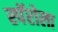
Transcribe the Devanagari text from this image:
स्पॅरोला